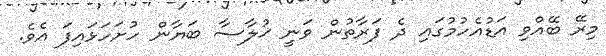
މިރޭ ބޭއްވި އަޑުއެހުމުގައި ދެ ފަރާތުން ވަނީ ޚުލާސާ ބަޔާން ހުށަހަޅައިފަ އެވެ.